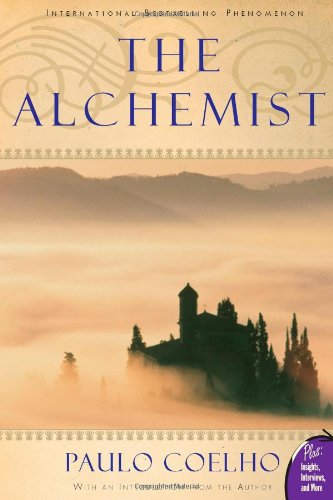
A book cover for The Alchemist; Paulo Coelho; Literature & Fiction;